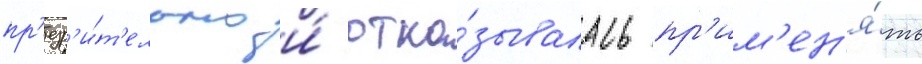
пр'езр'и́т'ельно и́ отка́зывалась пр'им'ен'я́ть